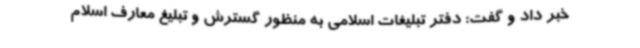
خبر داد و گفت: دفتر تبلیغات اسلامی به منظور گسترش و تبلیغ معارف اسلام